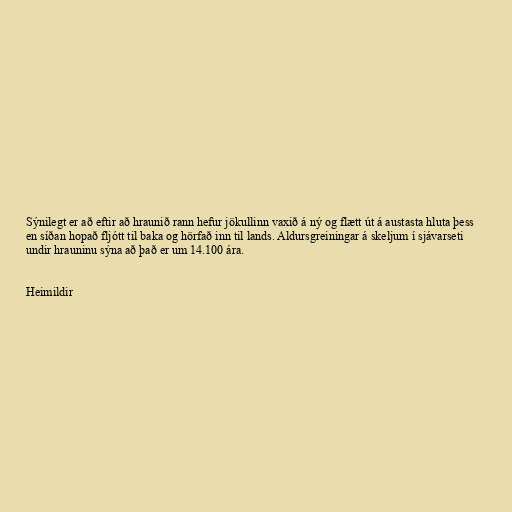
Sýnilegt er að eftir að hraunið rann hefur jökullinn vaxið á ný og flætt út á austasta hluta þess
en síðan hopað fljótt til baka og hörfað inn til lands. Aldursgreiningar á skeljum í sjávarseti
undir hrauninu sýna að það er um 14.100 ára.

Heimildir